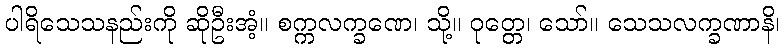
ပါရိသေသနည်းကို ဆိုဦးအံ့။ စက္ကလက္ခဏေ၊ သို့။ ဝုတ္တေ၊ သော်။ သေသလက္ခဏာနိ၊